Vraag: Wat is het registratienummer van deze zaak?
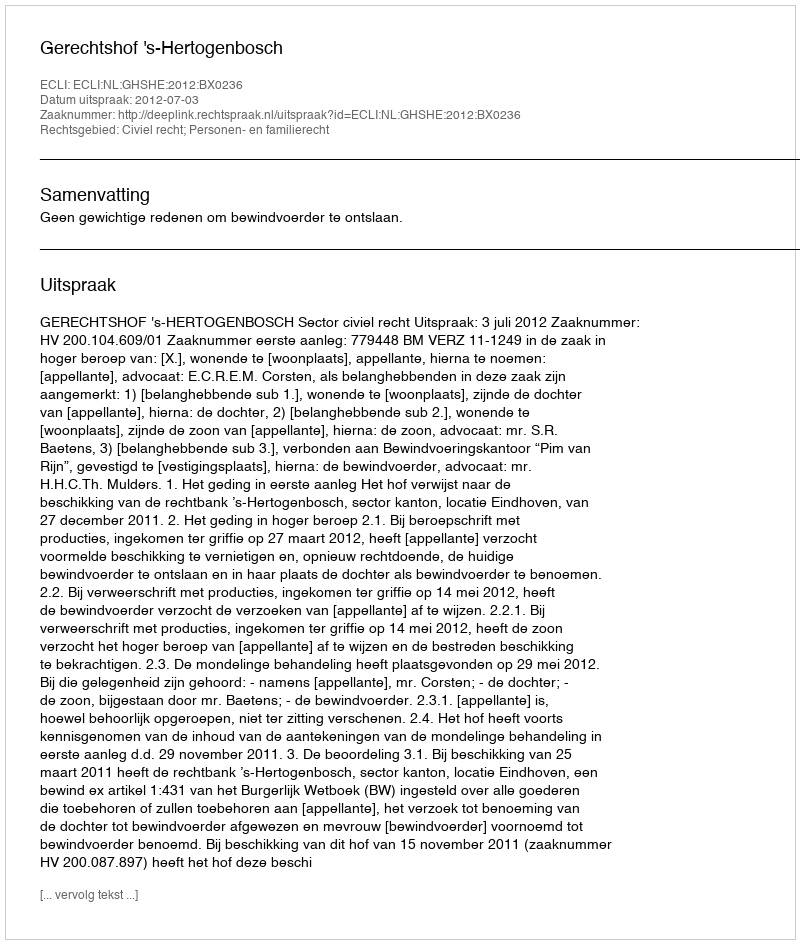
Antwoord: http://deeplink.rechtspraak.nl/uitspraak?id=ECLI:NL:GHSHE:2012:BX0236